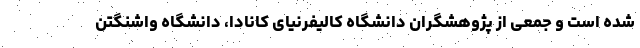
شده است و جمعی از پژوهشگران دانشگاه کالیفرنیای کانادا، دانشگاه واشنگتن